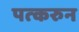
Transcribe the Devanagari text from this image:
पत्‍करुन